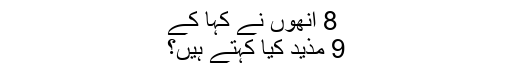
8 انھوں نے کہا کے
9 مذید کیا کہتے ہیں؟